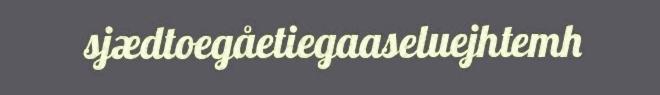
sjædtoegåetiegaaseluejhtemh